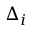
\Delta _ { i }